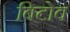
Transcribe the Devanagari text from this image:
बिटोव